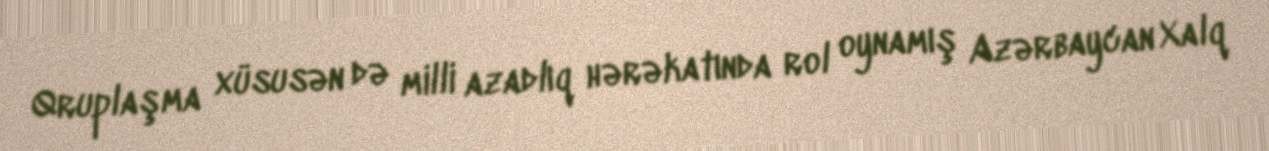
Qruplaşma xüsusən də milli azadlıq hərəkatında rol oynamış Azərbaycan Xalq